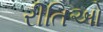
રીતિઓ